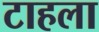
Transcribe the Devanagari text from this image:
टाहला